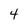
Character: 4